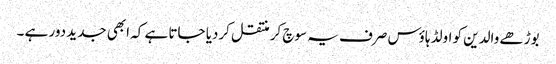
بوڑھے والدین کو اولڈ ہاؤس صرف یہ سوچ کر منتقل کردیا جاتا ہے کہ ابھی جدید دور ہے ۔